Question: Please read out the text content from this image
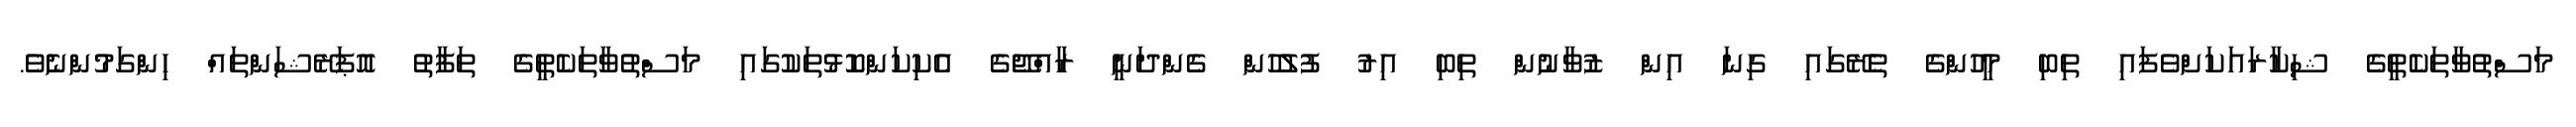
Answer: މަސްތުވާތަކެތީގެ ޝިކާރައަކަށްވެފައި ތިބި މީހުންގެ ތެރޭގައި ގިނަ އިން ޒުވާނުން ތިބި އިރު ފުލުހުން ގެންދަނީ ރާއްޖޭގެ އެކިކަންކޮޅުތަކުގައި މަސްތުވާތަކެތީގެ ތަފާތު އޮޕަރޭޝަންތައް ހިންގަމުންނެވެ.